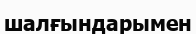
шалғындарымен